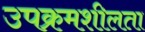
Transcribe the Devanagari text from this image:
उपक्रमशीलता